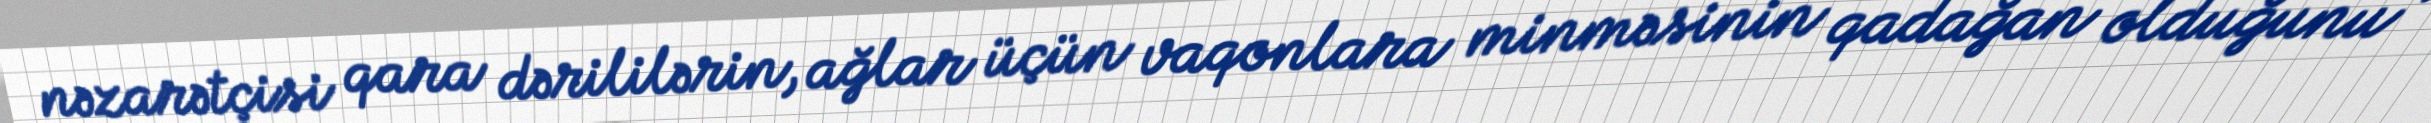
nəzarətçisi qara dərililərin, ağlar üçün vaqonlara minməsinin qadağan olduğunu ,